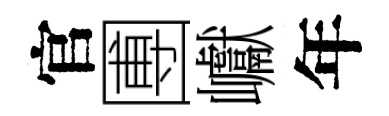
官圑巘年